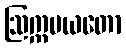
ဩက္ကမယတော